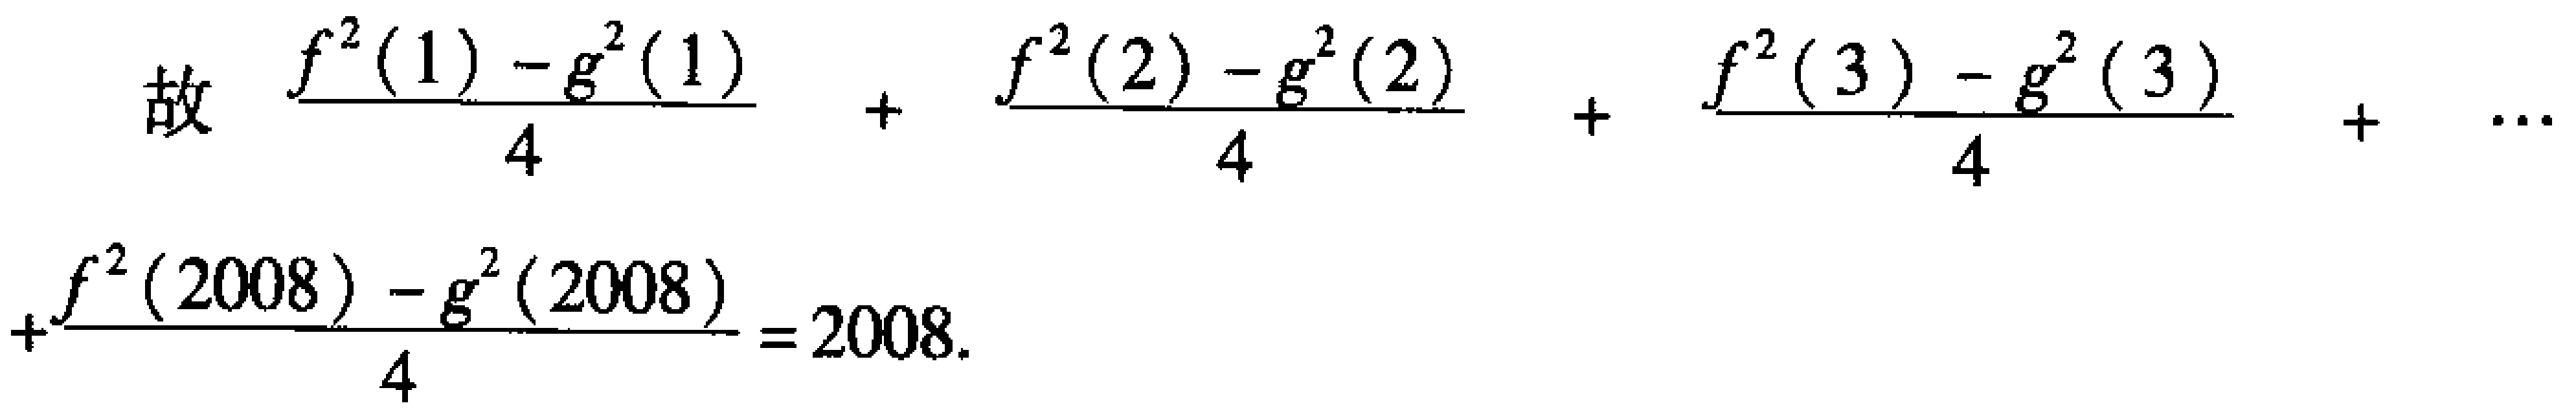
故 \(\frac{f^{2}(1)-g^{2}(1)}{4}+\frac{f^{2}(2)-g^{2}(2)}{4}+\frac{f^{2}(3)-g^{2}(3)}{4}+\cdots+\frac{f^{2}(2008)-g^{2}(2008)}{4}=2008\).